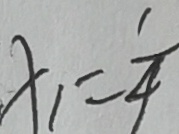
x _ { 1 } = \frac { 1 } { 4 }